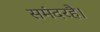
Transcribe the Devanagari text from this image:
समंदरहै।